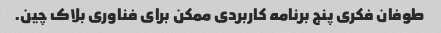
طوفان فکری پنج برنامه کاربردی ممکن برای فناوری بلاک چین.